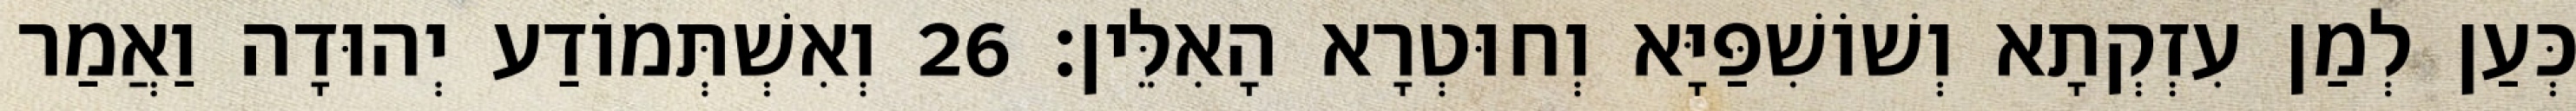
כְּעַן לְמַן עִזְקְתָא וְשׁוֹשִׁפַּיָּא וְחוּטְרָא הָאִלֵּין׃ 26 וְאִשְׁתְּמוֹדַע יְהוּדָה וַאֲמַר